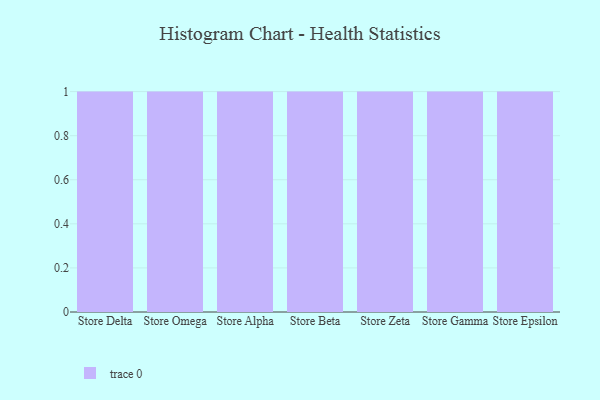
{"axis": {"x": "Store", "y": "Tickets Resolved"}, "legend": [""], "data": [{"x": "Store Delta", "y": 84, "type": ""}, {"x": "Store Omega", "y": 75, "type": ""}, {"x": "Store Alpha", "y": 24, "type": ""}, {"x": "Store Beta", "y": 77, "type": ""}, {"x": "Store Zeta", "y": 55, "type": ""}, {"x": "Store Gamma", "y": 82, "type": ""}, {"x": "Store Epsilon", "y": 7, "type": ""}]}